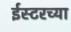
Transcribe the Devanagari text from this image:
ईस्टरच्या